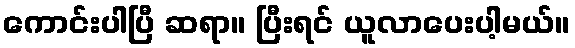
ကောင်းပါပြီ ဆရာ။ ပြီးရင် ယူလာပေးပါ့မယ်။